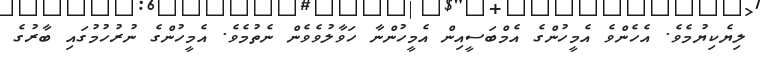
ލިޔެކިޔުމެވެ. އެހެންވެ އެމީހުންގެ އެމްބަސީއިން އެމީހުންނާ ހަވާލުވެވެން ނެތުމެވެ. އެމީހުންގެ ނުރުހުމުގައި ބާރުގެ